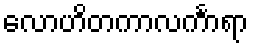
လောဟိတကာလင်္ကာရာ